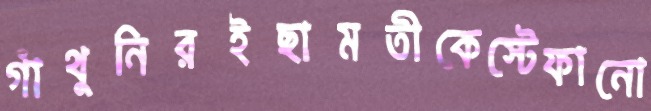
গাঁথুনিরইছামতীকেস্টেফানো